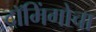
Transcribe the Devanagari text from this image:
दॉमिंगोचा